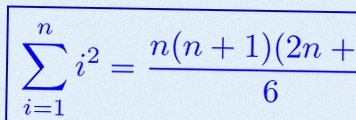
\sum_{i=1}^{n}i^2=\frac{n(n+1)(2n+1)}6